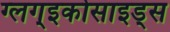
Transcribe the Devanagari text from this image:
ग्लग्इकोसाइड्स